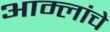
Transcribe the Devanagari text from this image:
आम्लांचे